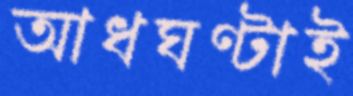
আধঘণ্টাই